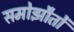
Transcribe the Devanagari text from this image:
समोझौतों